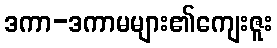
ဒကာ-ဒကာမများ၏ကျေးဇူး